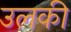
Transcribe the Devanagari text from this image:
उलकी